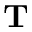
\mathbf { T }